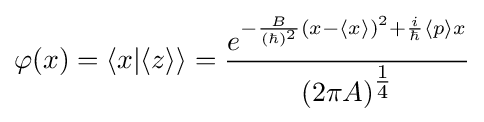
\varphi (x)=\langle x|\langle z\rangle \rangle ={\frac {e^{-{\frac {B}{(\hbar )^{2}}}(x-\langle x\rangle )^{2}+{\frac {i}{\hbar }}\langle p\rangle x}}{(2\pi A)^{\tfrac {1}{4}}}}